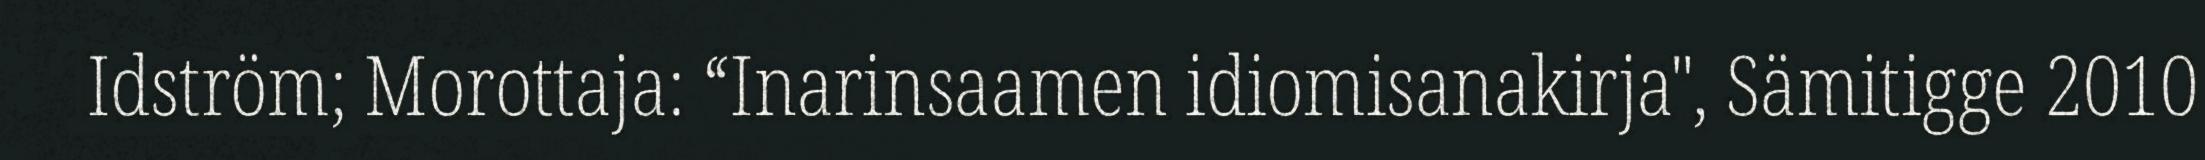
Idström; Morottaja: “Inarinsaamen idiomisanakirja", Sämitigge 2010